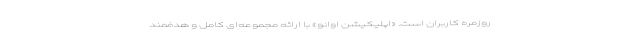
روزمره کاربران است. «اپلیکیشن اوانو» با ارائه مجموعه‌ای کامل و هدفمند